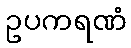
ဥပကရဏံ